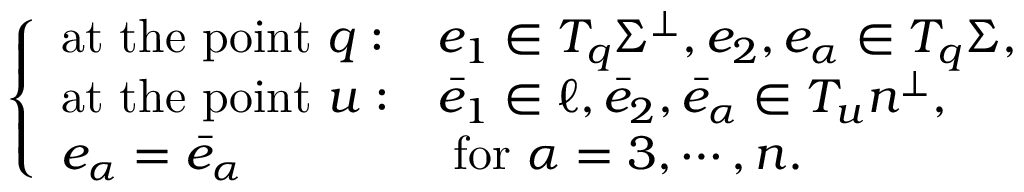
\begin{array} { r } { \left\{ \begin{array} { l l } { \mathrm { a t ~ t h e ~ p o i n t ~ } q : } & { e _ { 1 } \in T _ { q } \Sigma ^ { \perp } , e _ { 2 } , e _ { \alpha } \in T _ { q } \Sigma , } \\ { \mathrm { a t ~ t h e ~ p o i n t ~ } u : } & { \bar { e } _ { 1 } \in \ell , \bar { e } _ { 2 } , \bar { e } _ { \alpha } \in T _ { u } n ^ { \perp } , } \\ { e _ { \alpha } = \bar { e } _ { \alpha } } & { \mathrm { ~ f o r ~ } \alpha = 3 , \cdots , n . } \end{array} \right. } \end{array}